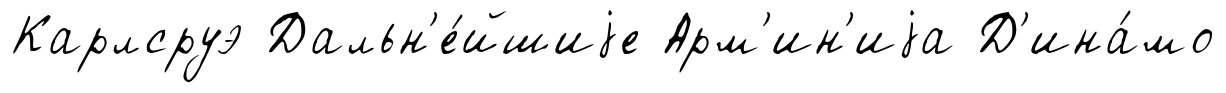
Карлсруэ Дальн'е́йшиjе Арм'ин'иjа Д'ина́мо